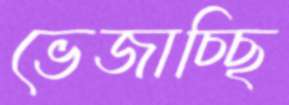
ভেজাচ্ছি